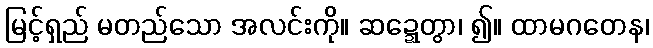
မြင့်ရှည် မတည်သော အလင်းကို။ ဆဍ္ဍေတွာ၊ ၍။ ထာမဂတေန၊